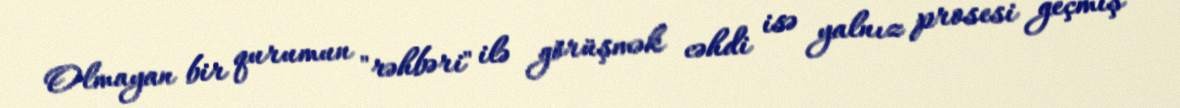
Olmayan bir qurumun "rəhbəri" ilə görüşmək cəhdi isə yalnız prosesi geçmiş